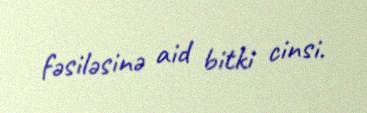
fəsiləsinə aid bitki cinsi.